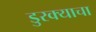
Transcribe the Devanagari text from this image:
डुरक्याचा